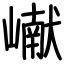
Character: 𪩘